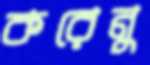
করেনু